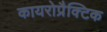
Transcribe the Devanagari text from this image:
कायरोप्रैक्टिक